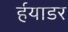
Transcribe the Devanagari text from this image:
र्हयाडर